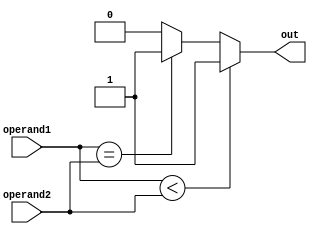
module less_than_or_equal #(parameter WIDTH = 8)
(
    input [WIDTH-1:0] operand1,
    input [WIDTH-1:0] operand2,
    output reg out
);

always @ (*)
begin
    if(operand1 < operand2) // If operand1 is less than operand2
        out <= 1'b1; // Set output to 1
    else if(operand1 == operand2) // If operand1 is equal to operand2
        out <= 1'b1; // Set output to 1
    else
        out <= 1'b0; // Set output to 0
end

endmodule